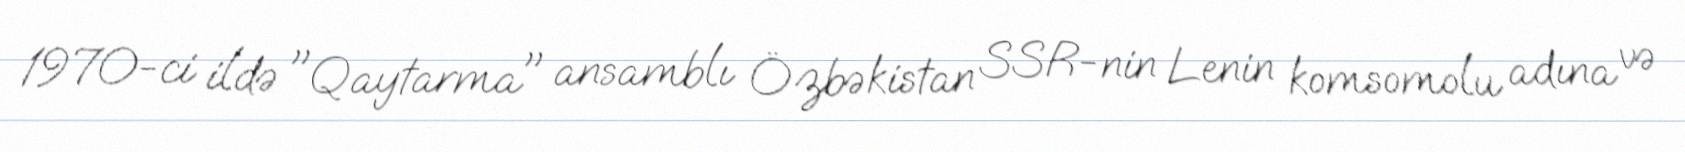
1970-ci ildə "Qaytarma" ansamblı Özbəkistan SSR-nin Lenin komsomolu adına və